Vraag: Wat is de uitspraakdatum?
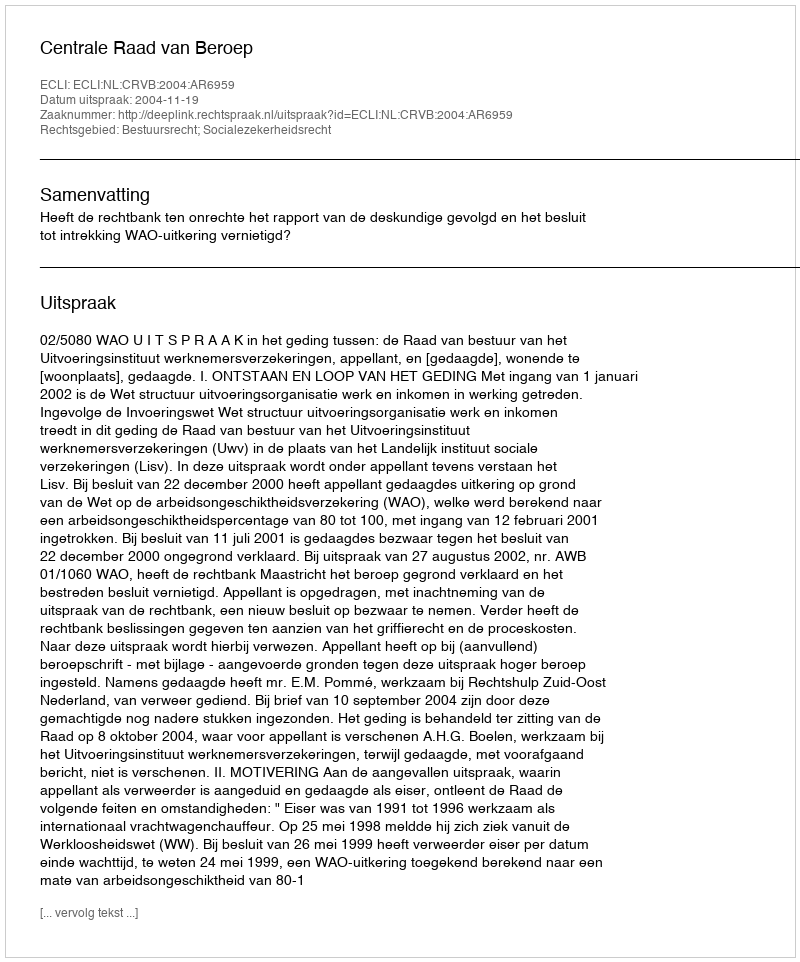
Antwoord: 2004-11-19